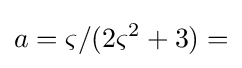
a=\varsigma /(2\varsigma ^{2}+3)=